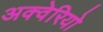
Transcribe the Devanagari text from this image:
अक्वेरियो